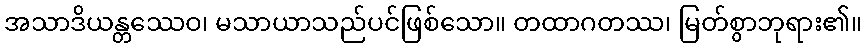
အသာဒိယန္တဿေဝ၊ မသာယာသည်ပင်ဖြစ်သော။ တထာဂတဿ၊ မြတ်စွာဘုရား၏။